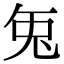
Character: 𭀣